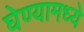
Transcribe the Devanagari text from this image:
घेण्यामध्ये